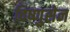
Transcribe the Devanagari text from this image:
विष्णुसेन